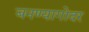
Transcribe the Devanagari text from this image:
बनण्यागोदर